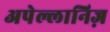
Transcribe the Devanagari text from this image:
अपेल्लानिज़